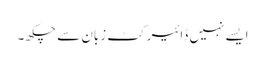
ایسے نہیں ڈائیرکٹ زبان سے چکھ۔